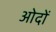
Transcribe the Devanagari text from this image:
ओदों